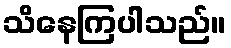
သိနေကြပါသည်။